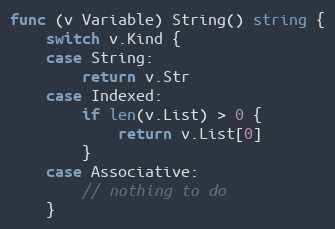
Language: Go
func (v Variable) String() string {
	switch v.Kind {
	case String:
		return v.Str
	case Indexed:
		if len(v.List) > 0 {
			return v.List[0]
		}
	case Associative:
		// nothing to do
	}